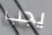
يجب